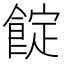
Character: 𩜦